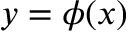
y = \phi ( x )